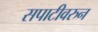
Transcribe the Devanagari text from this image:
सपाटीवरुन